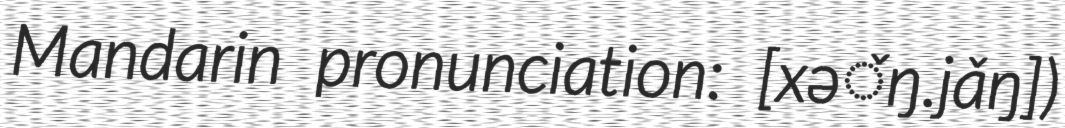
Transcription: Mandarin pronunciation: [xə̌ŋ.jǎŋ])